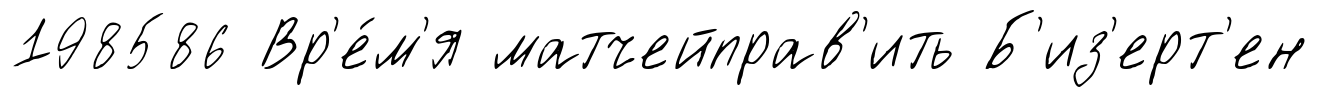
198586 Вр'е́м'я матчейправ'ить Б'из'ерт'ен